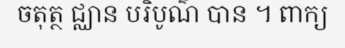
ចតុត្ថ ជ្ឈាន បរិបូណ៌ បាន ។ ពាក្យ